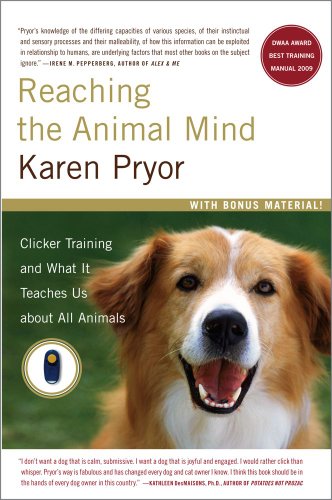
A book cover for Reaching the Animal Mind: Clicker Training and What It Teaches Us About All Animals; Karen Pryor; Science & Math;